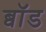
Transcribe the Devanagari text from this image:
ब्वॉड